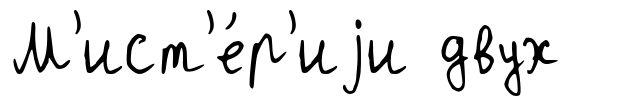
М'ист'е́р'иjи двух